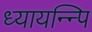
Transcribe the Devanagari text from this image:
ध्यायन्न्पि